Calcutta medical institutions reports 1871-78
Year: 1871
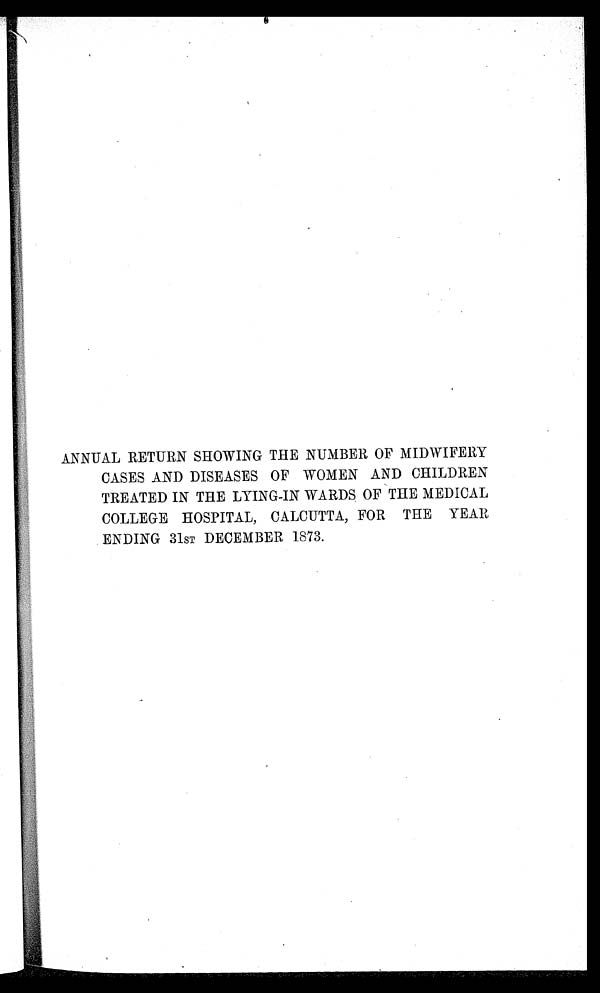
ANNUAL RETURN SHOWING THE NUMBER OF MIDWIFERY
CASES AND DISEASES OF WOMEN AND CHILDREN
TREATED IN THE LYING-IN WARDS OF THE MEDICAL
COLLEGE HOSPITAL, CALCUTTA, FOR THE YEAR
ENDING 31ST DECEMBER 1873.